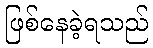
ဖြစ်နေခဲ့ရသည်